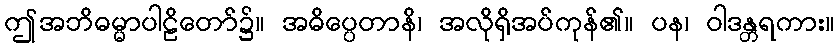
ဤအဘိဓမ္မာပါဠိတော်၌။ အဓိပ္ပေတာနိ၊ အလိုရှိအပ်ကုန်၏။ ပန၊ ဝါဒန္တရကား။